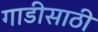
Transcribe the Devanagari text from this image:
गाडीसाठी